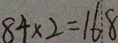
8 4 \times 2 = 1 6 8